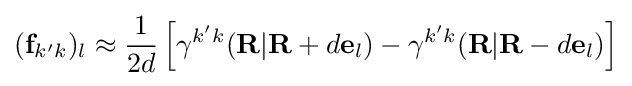
(\mathbf {f} _{k'k})_{l}\approx {\frac {1}{2d}}\left[\gamma ^{k'k}(\mathbf {R} |\mathbf {R} +d\mathbf {e} _{l})-\gamma ^{k'k}(\mathbf {R} |\mathbf {R} -d\mathbf {e} _{l})\right]